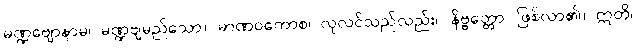
မဏ္ဍဗျောနာမ၊ မဏ္ဍဗျမည်သော။ မာဏဝကောစ၊ လုလင်သည်လည်း။ နိဗ္ဗတ္တော၊ ဖြစ်လာ၏။ ဣတိ၊